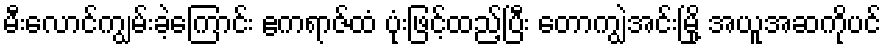
မီးလောင်ကျွမ်းခဲ့ကြောင်း ဧကရာဇ်ထံ ပုံးဖြင့်ထည့်ပြီး တောကျွဲအင်းမြို့ အယူအဆကိုပင်